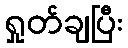
ရှုတ်ချပြီး